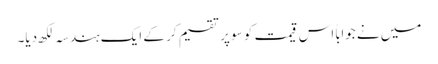
میں نے جواباً اس قیمت کو سو پر تقسیم کر کے ایک ہندسہ لکھ دیا۔